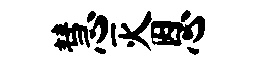
慧灭恩